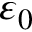
\varepsilon _ { 0 }